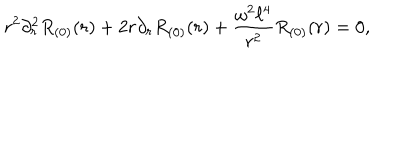
LaTeX: r ^ { 2 } \partial _ { r } ^ { 2 } R _ { ( 0 ) } ( r ) + 2 r \partial _ { r } R _ { ( 0 ) } ( r ) + \frac { \omega ^ { 2 } \ell ^ { 4 } } { r ^ { 2 } } R _ { ( 0 ) } ( r ) = 0 ,